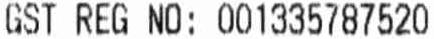
GST REG NO: 001335787520